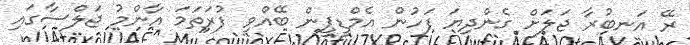
ރޭ އަނބުރާ ޖަލަށް ގެންދިޔަ ފަހުން އެމްޑީޕީން ބޭއްވި ފުރަތަމަ އާންމު ޖަލްސާގައި